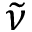
\widetilde \nu